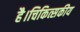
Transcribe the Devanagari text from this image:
है।चिकित्सकीय